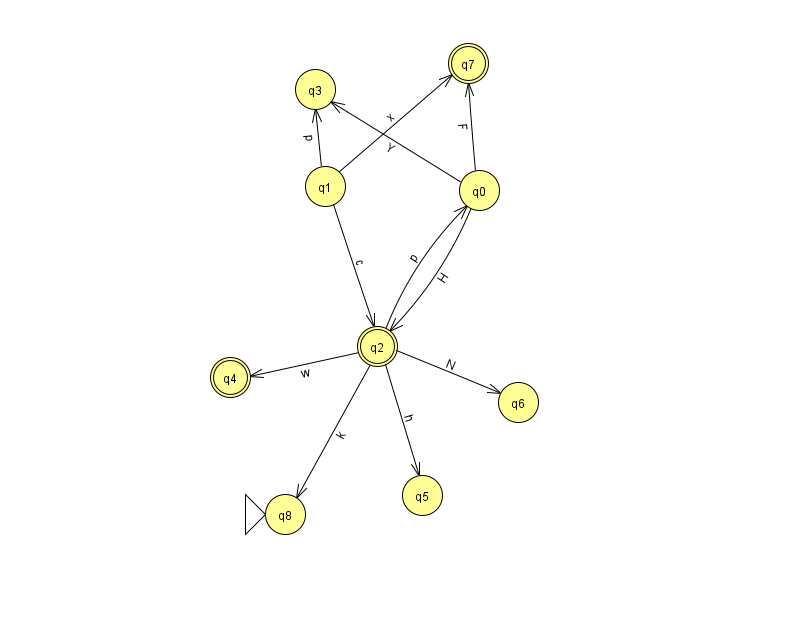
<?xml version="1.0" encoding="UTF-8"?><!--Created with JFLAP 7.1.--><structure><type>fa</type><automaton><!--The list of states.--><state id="0" name="q0"><x>479.0</x><y>177.0</y></state><state id="1" name="q1"><x>325.0</x><y>173.0</y></state><state id="2" name="q2"><x>377.0</x><y>333.0</y><final/></state><state id="3" name="q3"><x>315.0</x><y>76.0</y></state><state id="4" name="q4"><x>230.0</x><y>364.0</y><final/></state><state id="5" name="q5"><x>422.0</x><y>482.0</y></state><state id="6" name="q6"><x>518.0</x><y>389.0</y></state><state id="7" name="q7"><x>468.0</x><y>50.0</y><final/></state><state id="8" name="q8"><x>285.0</x><y>501.0</y><initial/></state><!--The list of transitions.--><transition><from>2</from><to>0</to><read>p</read></transition><transition><from>1</from><to>7</to><read>x</read></transition><transition><from>2</from><to>4</to><read>w</read></transition><transition><from>2</from><to>8</to><read>k</read></transition><transition><from>0</from><to>7</to><read>F</read></transition><transition><from>0</from><to>2</to><read>H</read></transition><transition><from>0</from><to>3</to><read>Y</read></transition><transition><from>1</from><to>2</to><read>c</read></transition><transition><from>1</from><to>3</to><read>p</read></transition><transition><from>2</from><to>6</to><read>N</read></transition><transition><from>2</from><to>5</to><read>h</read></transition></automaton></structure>